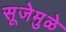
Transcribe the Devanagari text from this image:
सूजेमुळे